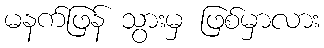
မနက်ဖြန် သွားမှ ဖြစ်မှာလား